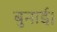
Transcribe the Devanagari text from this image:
बुनाई।